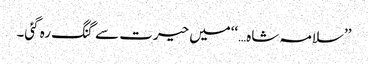
’’سلامہ شاہ…‘‘میں حیرت سے گنگ رہ گئی۔